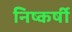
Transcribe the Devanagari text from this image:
निष्कर्षी